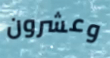
وعشرون